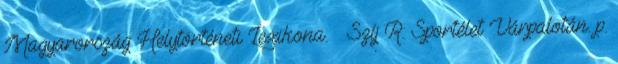
Magyarország Helytörténeti Lexikona. ↑ Szíj R.: Sportélet Várpalotán. p.